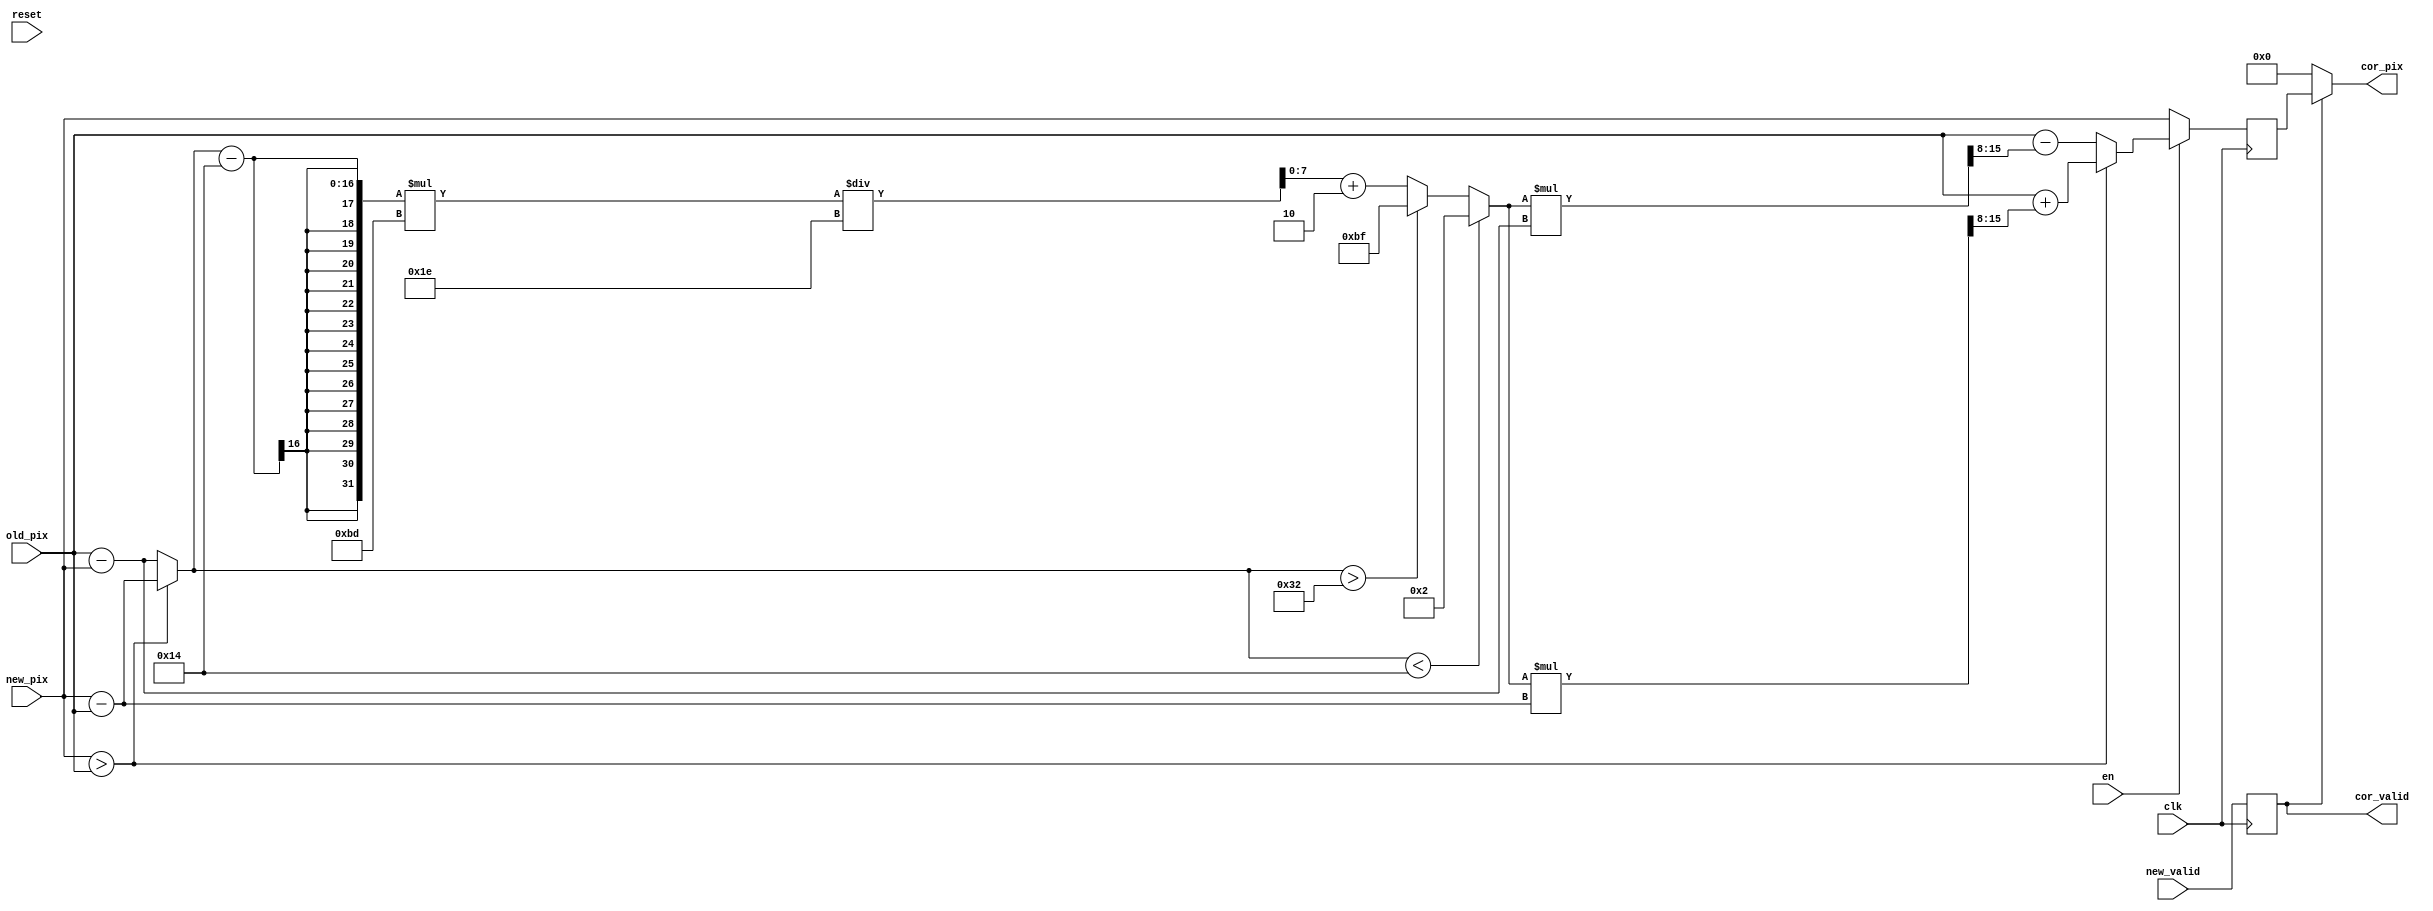
`timescale 1ns / 1ps
module FrameAverage #(
	parameter DATA_WIDTH = 16,
	parameter PRECISION = 8
	)
	(
	input clk,
	input reset,
	input en,
	input new_valid,
	input [DATA_WIDTH-1:0] new_pix,
	input [DATA_WIDTH-1:0] old_pix,
	output [DATA_WIDTH-1:0] cor_pix,
	output cor_valid
	);

// filter params
localparam bordLow = 20,												// 
				bordHight = 50,											// 
				kLow =  {1'b1, {PRECISION-1{1'b1}} } / 100,		//0.01, .    
				kHight = {1'b1, {PRECISION-1{1'b1}} } * 3/4;		//0.75, .    


reg valid_r;
wire [DATA_WIDTH-1:0] delta, upd_pix;
reg [DATA_WIDTH-1:0] cor_pix_r;
wire [PRECISION-1:0] kCorr;
reg [DATA_WIDTH+PRECISION-1:0] kTemp, kTemp2; 


assign delta = new_pix > old_pix ? new_pix - old_pix : old_pix - new_pix;

always @(delta) begin
		kTemp = (delta - bordLow) * (kHight - kLow);
		kTemp2 = kTemp / (bordHight - bordLow) + kLow;
end

assign kCorr = (delta < bordLow) ? kLow : (delta > bordHight) ? kHight : kTemp2[PRECISION-1:0];	

assign upd_pix = (new_pix > old_pix) ? old_pix + (kCorr * (new_pix - old_pix) >> PRECISION) : 
													old_pix - (kCorr * (old_pix - new_pix) >> PRECISION);

always @(posedge clk) begin
	valid_r <= new_valid;
	if (en) 
		cor_pix_r <= upd_pix;
	else
		cor_pix_r <= new_pix;
end


assign cor_valid = valid_r;
assign cor_pix = cor_valid ? cor_pix_r : {DATA_WIDTH{1'b0}};
	
endmodule